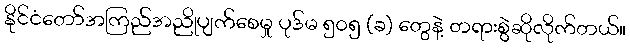
နိုင်ငံတော်အကြည်အညိုပျက်စေမှု ပုဒ်မ ၅၀၅ (ခ) တွေနဲ့ တရားစွဲဆိုလိုက်တယ်။